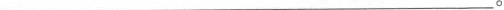
___。